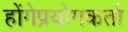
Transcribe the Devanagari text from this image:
होंगेप्रयोगकर्ता